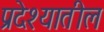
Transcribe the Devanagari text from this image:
प्रदेश्यातील